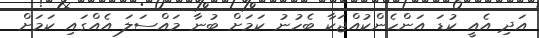
އަދި އެއީ ކުޑަ އަންހެންކުއްޖަކާ ބެހުނު ކަމަށް ބުނާ މައްސަލަ އެއްގައި ކަމަށް